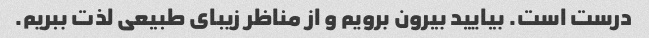
درست است. بیایید بیرون برویم و از مناظر زیبای طبیعی لذت ببریم.